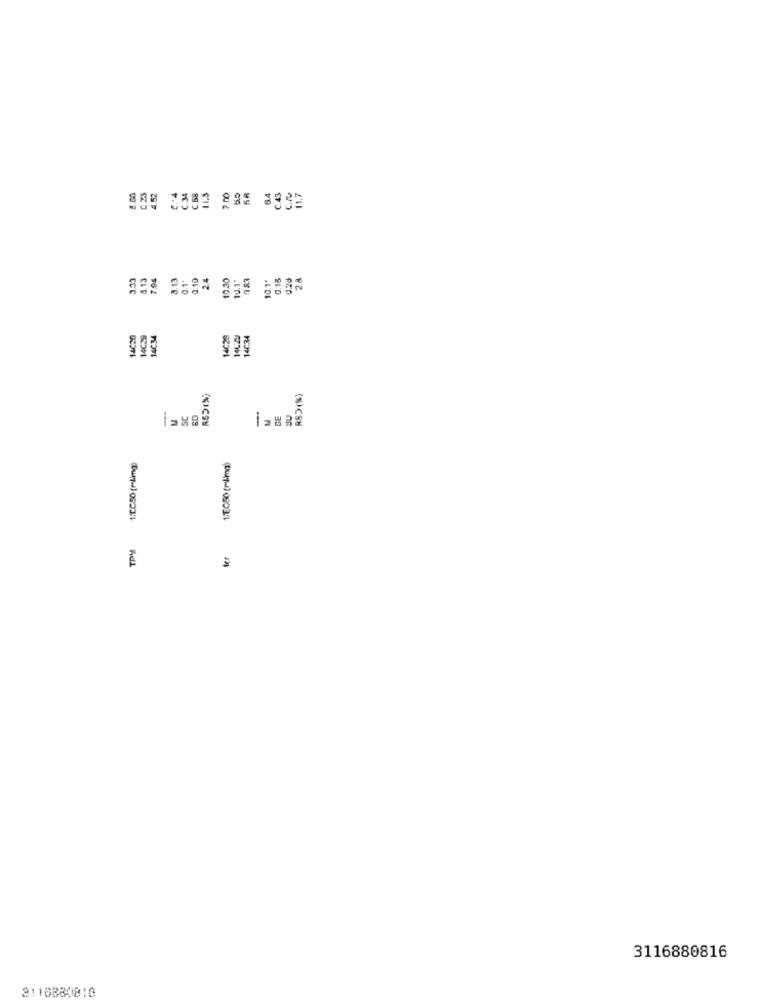
C.43
2.00
0.23
4.53
C.34
C.58
113
7.00
6.4
C./
11.7
3.33
8.13
7.94
3.13
0.1"
3.10
2.4
19.30
19.1"
183
0.15
0.28
2.8
10.1*
14020
14C29
145 34
14020
14034
RED(%)
-
-
SC
M
GE
JU
1:CC50 (mlimg)
1/EC50 (mil-mg)
TPM
fer
3116880816
3110880816